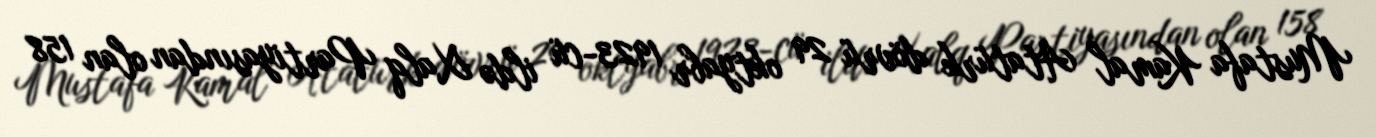
Mustafa Kamal Atatürk dövrü 29 oktyabr 1923-cü ildə Xalq Partiyasından olan 158